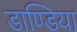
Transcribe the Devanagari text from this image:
डाण्डिया